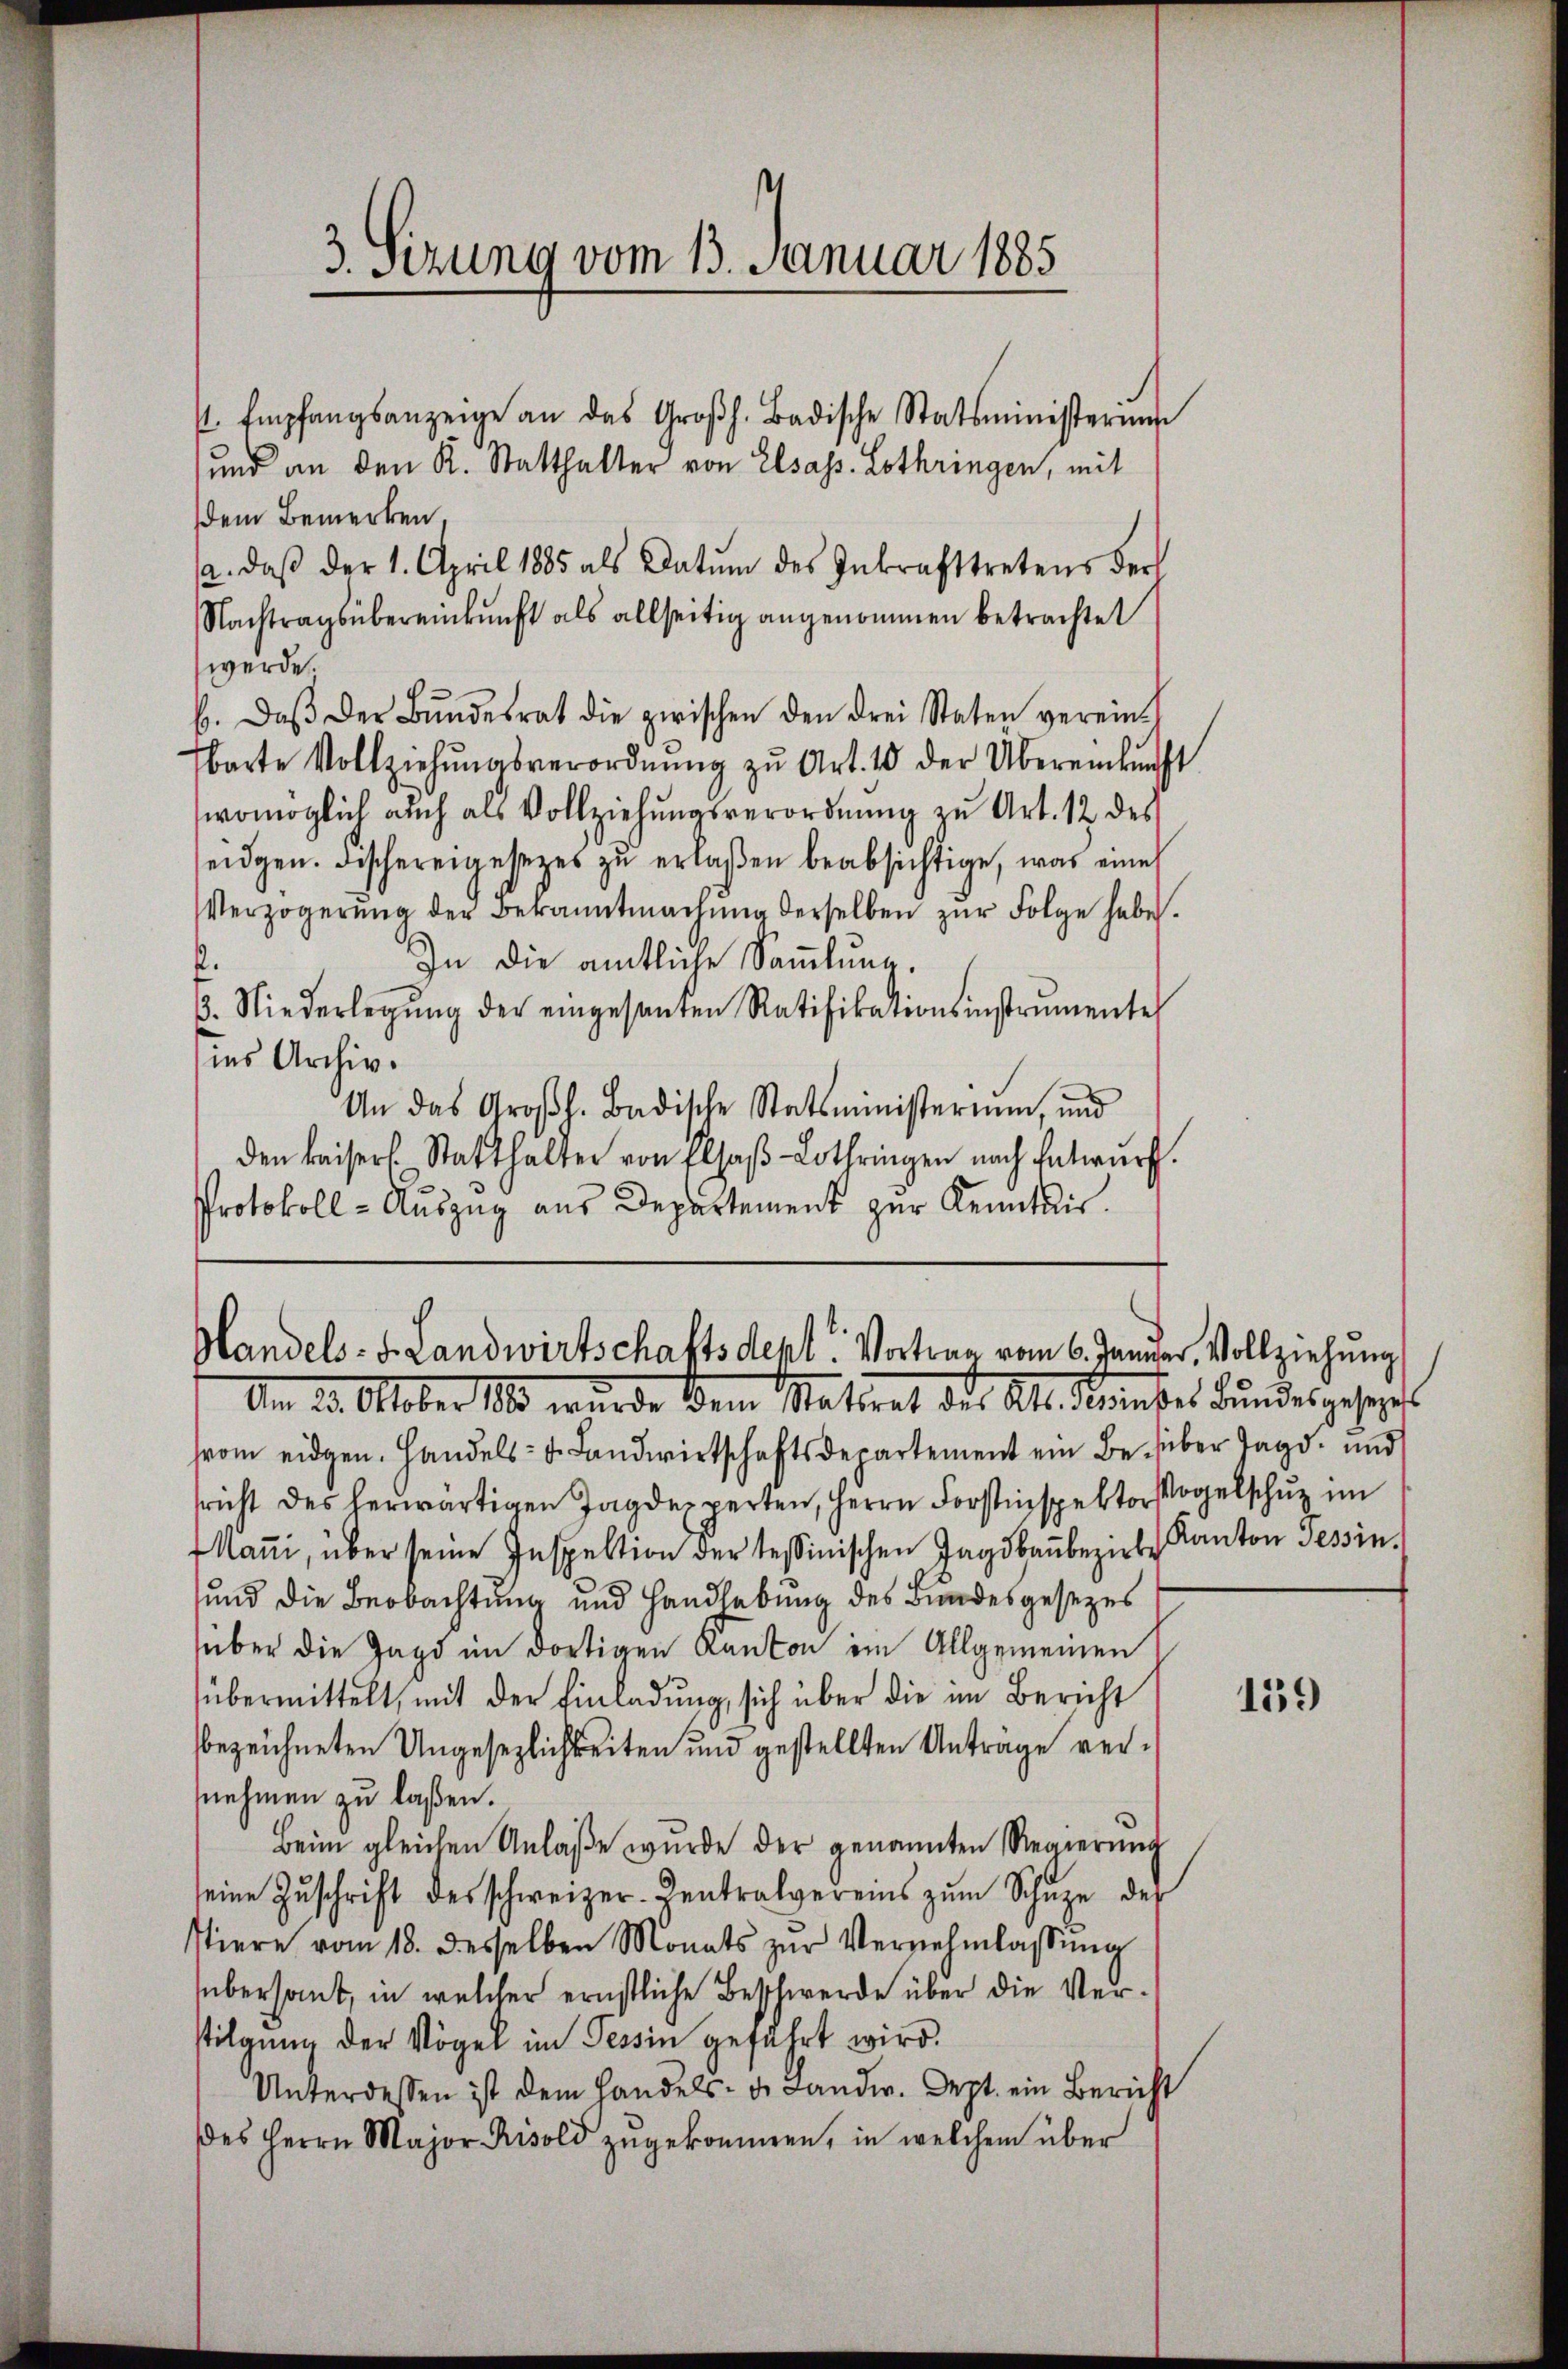
3. sezung vom 13. Januar 1885

dem Bemerken.
a. daβ der 1. April 1885 als Datum des Inkrafttretens der
Nachtragsübereinkunft als allseitig angenommen betrachtet
werde.
b. daβ der Bŭndesrat die zwischen den drei Staten verein-
Ebarte Vollziehŭngsverordnŭng zŭ Art. 10 der Übereinkunft
womöglich auch als Vollziehungsverordnung zu Art. 12 des
seidgen. Fischereigesezes zŭ erlaßen beabsichtige, was eine
Verzögerŭng der Bekanntmachŭng derselben zŭr Folge habe.
In die amtliche Sammlung.
f
13. Niederlegŭng der eingesanten Ratifikationsinstrumente
ins Archiv.
An das Großh. Badische Statsministerium, und
den kaisers. Statthalter von Elsaβ-Lothringen nach Entwurf.
Protokoll - Auszug aus Departement zur Kenntnis.

/. Empfangsanzeige an das Großh. Badische Statsministerium
und an den K. Statthalter von Elsass. Lothringen, mit

Handels- u. Landwirtschaftsdept. Vortrag vom 6. Januar, Vollziehung
Am 23. Oktober 1890 wurde dem Statiret des Al. Konser Bundesgehors

hrom eidgen. Handels- u. Landwirtschaftsdepartement ein Besieber Tagd- und
richt des herwärtigen Jagdexperten, Herrn Forstinspektor Vogelsch im
Maṅi, über seine Inspektion der tessinischen Jagdbaŭbezirk Kanton Tessin,
sund die Beobachtung und Handlebung des Bundesgesezes
über die Jagd im dortigen Kanton im Allgemeinen
übermittelt, mit der Einladŭng, sich über die im Bericht
bezeichneten Ungesezlichkeiten und gestellten Antrage vernnehmen zu laßen.
Beim gleichen Anlaße wurde der genannten Regierŭng
seine Zŭschrift des schweizer-Zentralvereins zŭm Schŭze des
stiere vom 18. desselben Monats zŭr Vernehmlassung
übersant, in welcher ernstliche Beschwerde über die Verstilgung der Vögel im Tessin geführt wird.
Unterdessen ist dem Handels- u. Landw. Orpt. ein Bericht
es Herrn Major Risold zŭgekommen, in welchem über

159